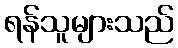
ရန်သူများသည်